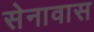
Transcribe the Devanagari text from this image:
सेनावास